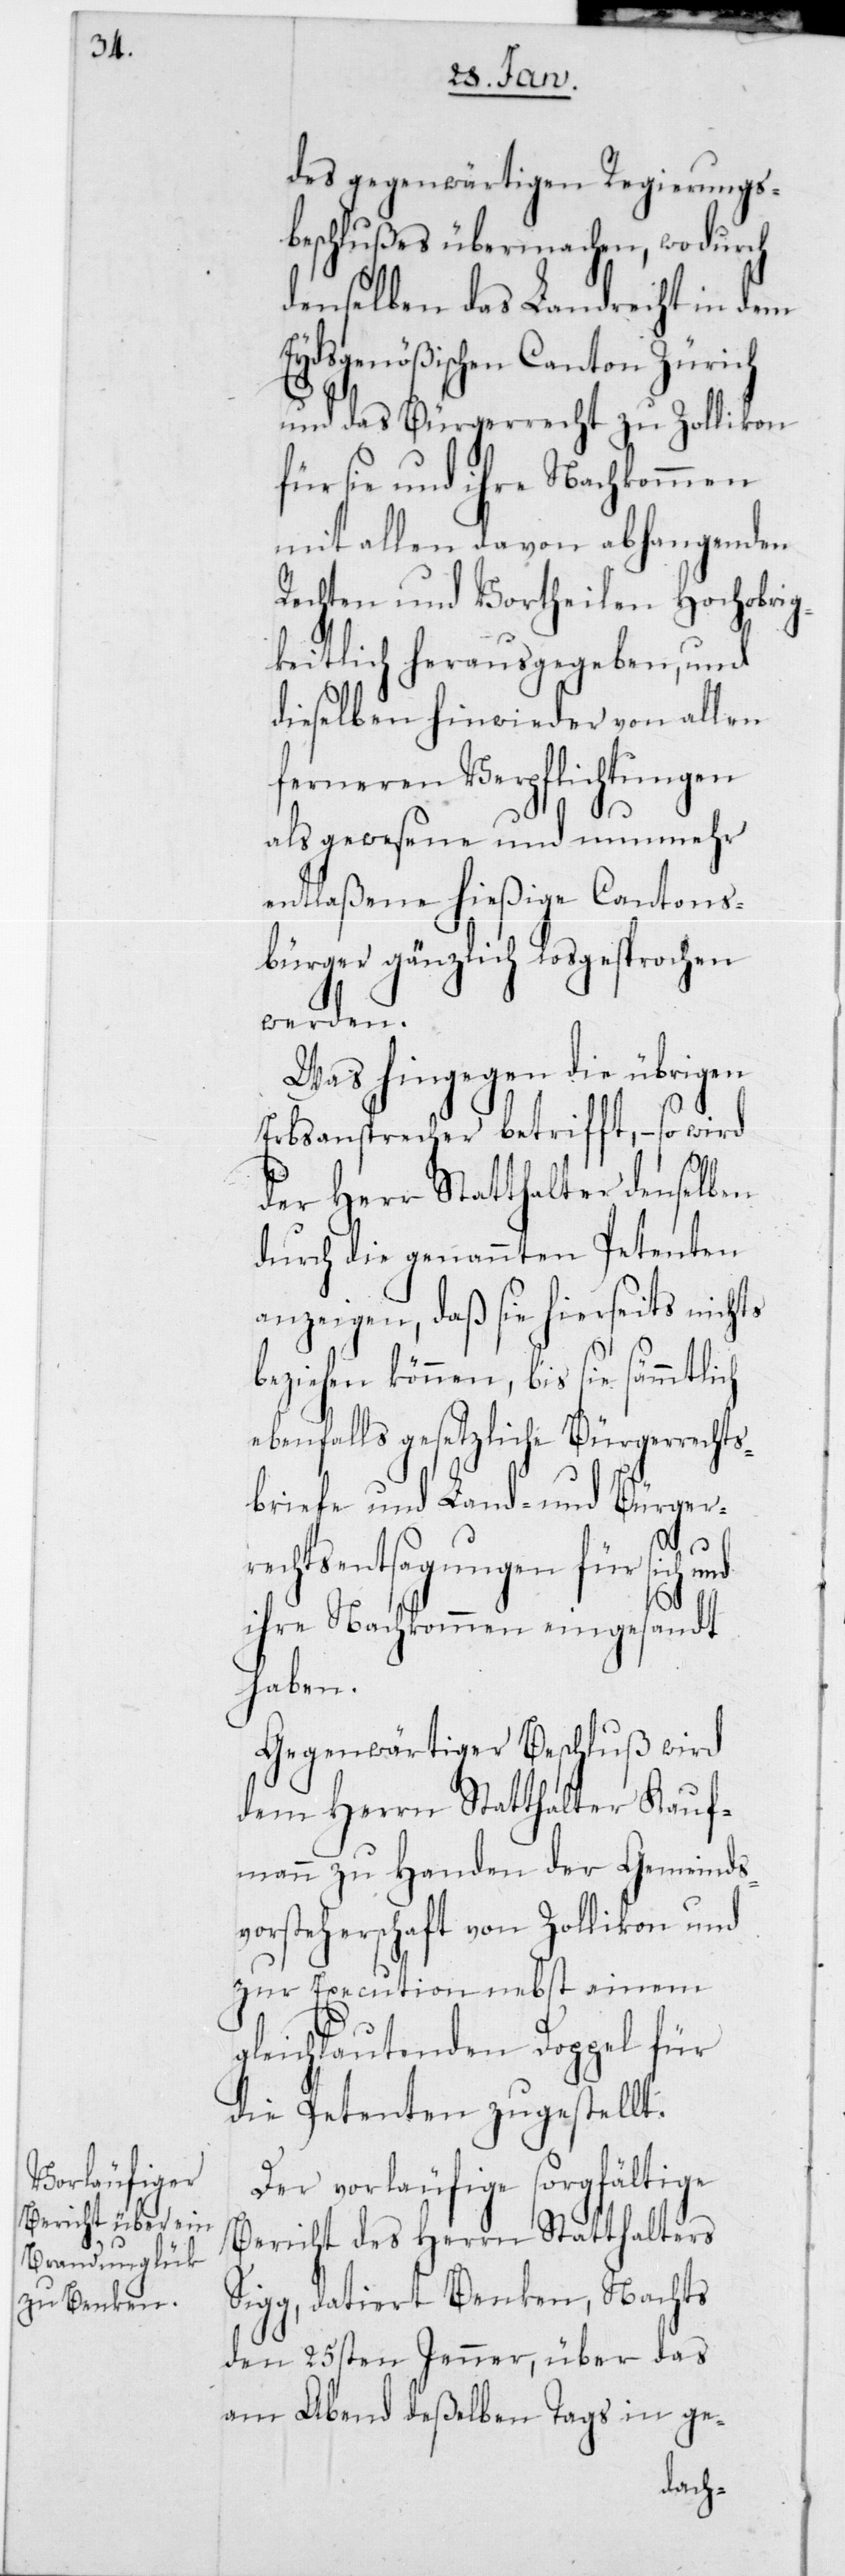
des gegenwärtigen Regierungs¬
beschlußes übermachen, wodurch
denselben das Landrecht in dem
Eydsgenößischen Canton Zürich
und das Bürgerrecht zu Zollikon
für sie und ihre Nachkommen
mit allen davon abhangenden
Rechten und Vortheilen hochobrig¬
keitlich herausgegeben, und
dieselben hinwieder von allen
ferneren Verpflichtungen
als gewesene und nunmehr
entlaßene hießige Cantons¬
bürger gänzlich losgesprochen
werden.
Was hingegen die übrigen
Erbsansprecher betrifft, – so wird
der Herr Statthalter denselben
durch die genannten Petenten
anzeigen, daß sie hierseits nichts
beziehen können, bis sie sämmtlich
ebenfalls gesetzliche Bürgerrechts¬
briefe und Land- und Bürger¬
rechts-Entsagungen für sich und
ihre Nachkommen eingesandt
haben.
Gegenwärtiger Beschluß wird
dem Herrn Statthalter Kauf¬
mann zu Handen der Gemeinds¬
vorsteherschaft von Zollikon und
zur Execution nebst einem
gleichlautenden Doppel für
die Petenten zugestellt.
Der vorläufige sorgfältige
Bericht des Herrn Statthalters
Sigg, datiert Benken, Nachts
den 25sten Jenner, über das
am Abend deßelben Tags in ge-